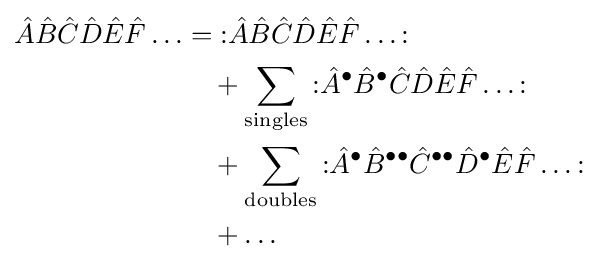
{\begin{aligned}{\hat {A}}{\hat {B}}{\hat {C}}{\hat {D}}{\hat {E}}{\hat {F}}\ldots &={\mathopen {:}}{\hat {A}}{\hat {B}}{\hat {C}}{\hat {D}}{\hat {E}}{\hat {F}}\ldots {\mathclose {:}}\\&\quad +\sum _{\text{singles}}{\mathopen {:}}{\hat {A}}^{\bullet }{\hat {B}}^{\bullet }{\hat {C}}{\hat {D}}{\hat {E}}{\hat {F}}\ldots {\mathclose {:}}\\&\quad +\sum _{\text{doubles}}{\mathopen {:}}{\hat {A}}^{\bullet }{\hat {B}}^{\bullet \bullet }{\hat {C}}^{\bullet \bullet }{\hat {D}}^{\bullet }{\hat {E}}{\hat {F}}\ldots {\mathclose {:}}\\&\quad +\ldots \end{aligned}}